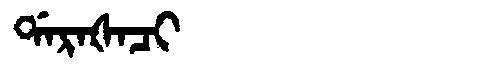
Manchu: ᡩᠠᡵᠠᡧᠠᠴᡳ
Romanization: DARAŠACI